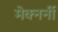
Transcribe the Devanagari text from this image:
मेक्नर्नी